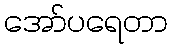
အော်ပရေတာ